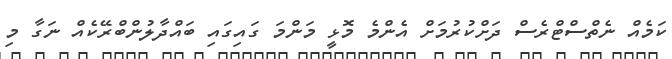
ކަމެއް ނެތްސްޓްރެސް ދަށްކުރުމަށް އެންމެ މޮޅީ މަންމަ ގައިގައި ބައްދާލުންބްރޭކެއް ނަގާ މި